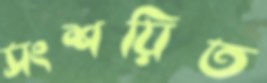
সংশয়িত